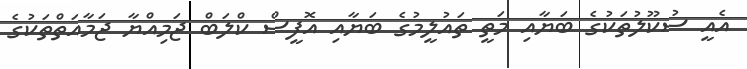
އެއީ ސުކޫލުތަކުގެ ބަޔާއި މަތީ ތައުލީމުގެ ބަޔާއި އޮފީސް ކްލަބް ޖަމިއްޔާ ޖަމާއަތްތަކުގެ